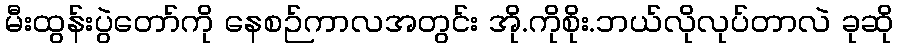
မီးထွန်းပွဲတော်ကို နေစဉ်ကာလအတွင်း အို.ကိုစိုး.ဘယ်လိုလုပ်တာလဲ ခုဆို